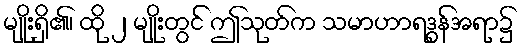
မျိုးရှိ၏၊ ထို ၂ မျိုးတွင် ဤသုတ်က သမာဟာရဒွန်အရာ၌